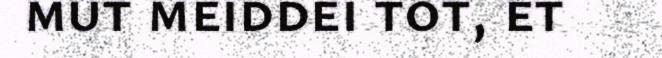
mut meiddei tot, et